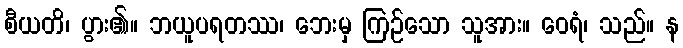
စီယတိ၊ ပွား၏။ ဘယူပရတဿ၊ ဘေးမှ ကြဉ်သော သူအား။ ဝေရံ၊ သည်။ န